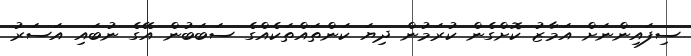
ސިފައިންނަށް އަމާޒު ކޮށްގެން ކުރަމުން ދިޔަ ކަންތައްތަކެއްގެ ސަބަބުން އޭގެ ނުބައި އަސަރު